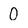
Character: 0